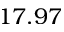
1 7 . 9 7